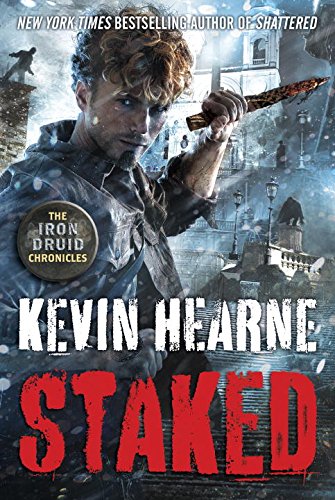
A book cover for Staked (The Iron Druid Chronicles); Kevin Hearne; Science Fiction & Fantasy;